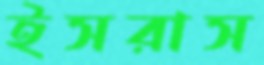
ইসরাস